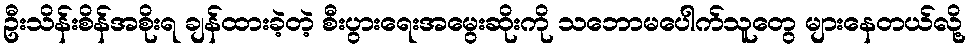
ဦးသိန်းစိန်အစိုးရ ချန်ထားခဲ့တဲ့ စီးပွားရေးအမွေးဆိုးကို သဘောမပေါက်သူတွေ များနေတယ်လို့